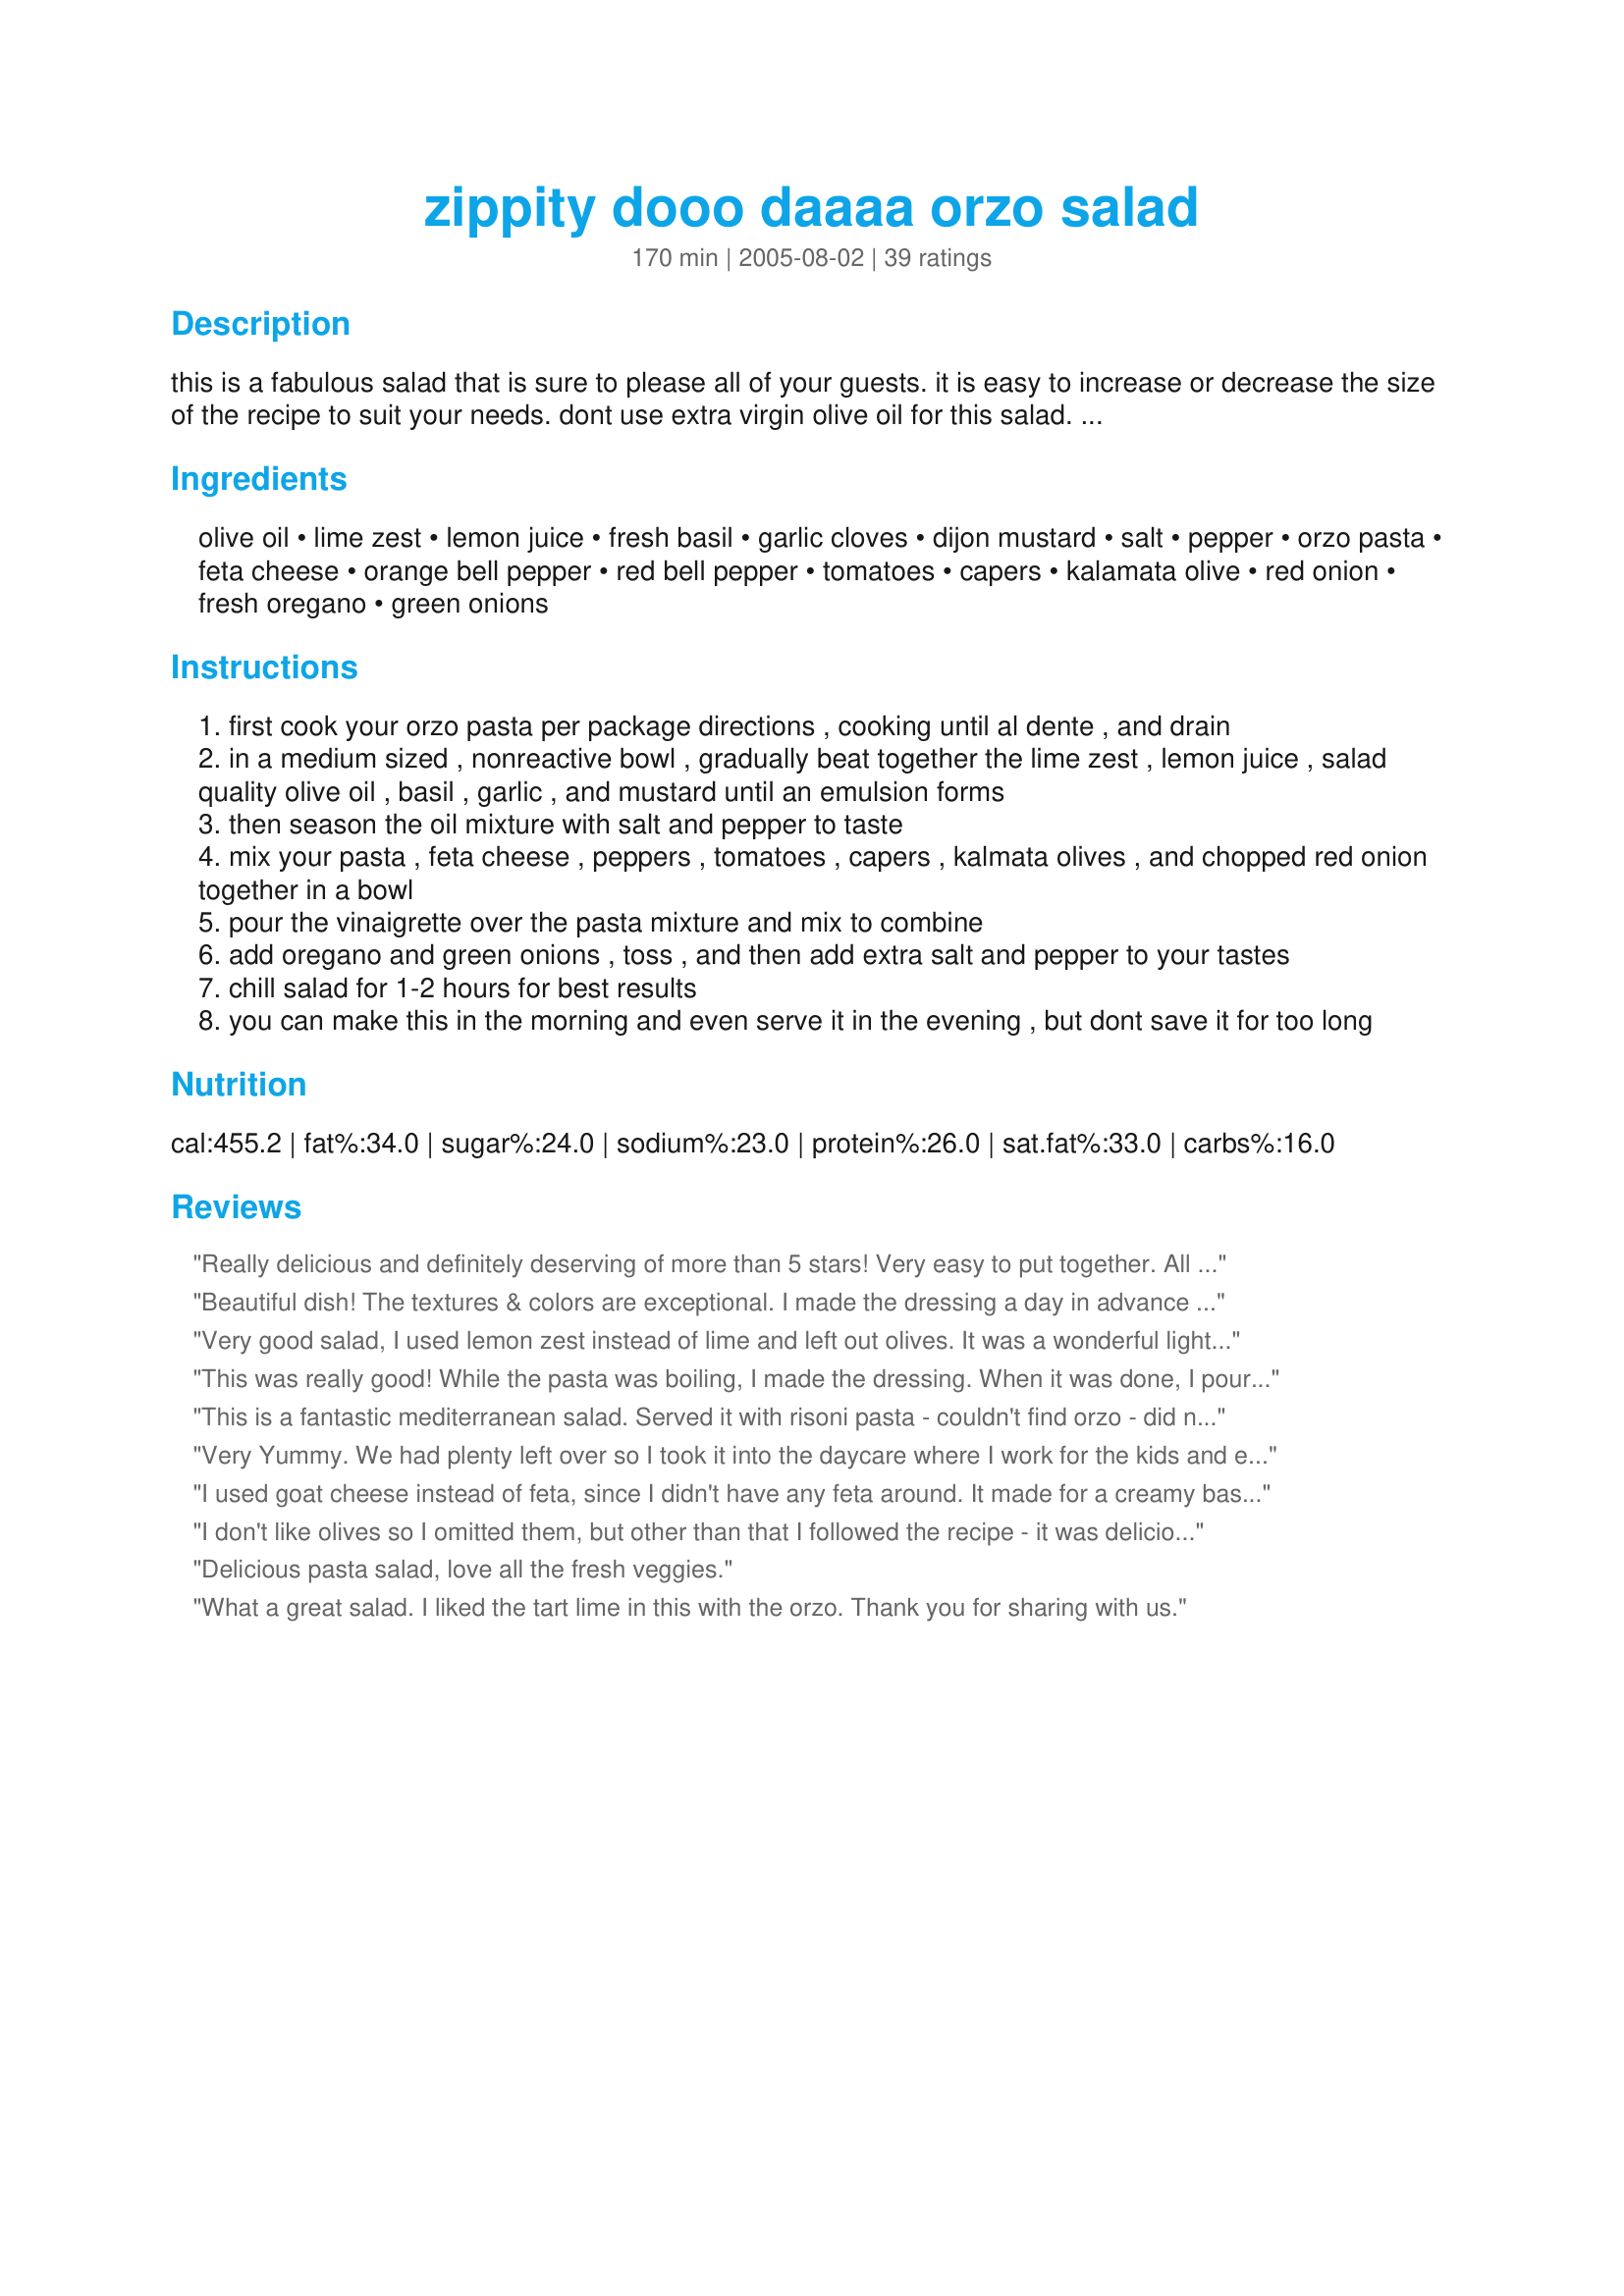
zippity dooo daaaa orzo salad
Preparation time: 170 minutes

this is a fabulous salad that is sure to please all of your guests. it is easy to increase or decrease the size of the recipe to suit your needs.
dont use extra virgin olive oil for this salad. use an olive oil suitable for salads. i really hope you enjoy my creation!!!

Ingredients:
olive oil, lime zest, lemon juice, fresh basil, garlic cloves, dijon mustard, salt, pepper, orzo pasta, feta cheese, orange bell pepper, red bell pepper, tomatoes, capers, kalamata olive, red onion, fresh oregano, green onions

Steps:
first cook your orzo pasta per package directions , cooking until al dente , and drain
in a medium sized , nonreactive bowl , gradually beat together the lime zest , lemon juice , salad quality olive oil , basil , garlic , and mustard until an emulsion forms
then season the oil mixture with salt and pepper to taste
mix your pasta , feta cheese , peppers , tomatoes , capers , kalmata olives , and chopped red onion together in a bowl
pour the vinaigrette over the pasta mixture and mix to combine
add oregano and green onions , toss , and then add extra salt and pepper to your tastes
chill salad for 1-2 hours for best results
you can make this in the morning and even serve it in the evening , but dont save it for too long

Reviews:
Really delicious and definitely deserving of more than 5 stars! Very easy to put together. All the great Med flavours melded together to create a harmonious salad full of bright, fresh flavours. We all loved this!
Beautiful dish! The textures & colors are exceptional. I made the dressing a day in advance & before adding to the salad, tasted for flavor. It was a little tart so I mellowed it out with a little sugar. I took this to a potluck with 100+ diners so I stretched it out some by adding a jar of drained, chopped marinated artichokes & drained rinsed garbanzos. Not a bite was left. My compliments to the chef!
Very good salad, I used lemon zest instead of lime and left out olives. It was a wonderful light salad.
This was really good! While the pasta was boiling, I made the dressing. When it was done, I poured the pasta right in so that it could absorb all the flavors and I could adjust the seasonings if necessary. While that was chilling, I prepared the veg so they were ready to be added when the orzo was cold. Very nice, light side dish.
This is a fantastic mediterranean salad. Served it with risoni pasta - couldn't find orzo - did not add capers or feta as we don't like these - it was gobbled up by children and adults.
Very Yummy. We had plenty left over so I took it into the daycare where I work for the kids and even they devoured it!!
I used goat cheese instead of feta, since I didn't have any feta around. It made for a creamy base. The mustard and capers make a tangy dish. My mom LOVED it
I don't like olives so I omitted them, but other than that I followed the recipe - it was delicious! I will definitely be making this again. Maybe I will add pieces of chicken next time to make a complete meal.
Delicious pasta salad, love all the fresh veggies.
What a great salad. I liked the tart lime in this with the orzo. Thank you for sharing with us.
I had just made what I thought was the most amazing orzo salad from one of my Cooking Light cookbooks the week before I tried this orzo salad. This one topped the other orzo salad, becoming my staple! I'm making it this weekend for a big BBQ and know it will be a HIT. It is SO delicious, thanks for sharing.
I made this for our "Kab-arbecue" (Kabob+BBQ) yesterday, and made one substitution: One of our guests has Celiac disease and requires a gluten-free diet. Of course, Orzo pasta isn't that. So I used Brown Rice Rotini Pasta from Trader Joe's, and it was WONDERFUL! Thanks for sharing the recipe!
This was wonderful. I kept a lot of the juiciness from the tomato partly because we had amazing tomatoes from the garden and partly because my drained pasta was thirsty for something and I did not want it to soak up all of the dressing. I used ditalini (small short tubes) rather than orzo because I don't have a good way to drain the tiny stuff. A perfect dinner for the heat wave, and since it's all done ahead of time, nothing to clean up after enjoying it!
This was fabulous! My whole family devoured this. The best receipe I've had for orzo with fresh vegetables and herbs. It takes some time to cut everything up, but it's well worth it! My Italian husband, 10-year-old, and 6-year-old ate the whole thing for dinner and begged me to make more! Thanks for sharing!
A great side dish. Everyone loved it. No leftovers. :)
This was really good, I made the morning of for a picnic and it kept well and tasted great. Thanks for posting!
Loved it..doubled the lemon and omitted the capers..will try to do some prep ahead next time due to all the chopping
This was great! Easy to make and very tastey. I didn't know what lime zest was, so I used 1/4 cup of lime juice instead of lemon juice, and I squeezed in 1 fresh lime. Great for large group parties.
Quick and easy followed recipe exactly! Took to a family pool party - everyone raved how much they enjoyed this.
Very good! I didn't have the right kind of olive oil OR fresh basil OR dijon mustard and it STILL came out great! I can't wait to try it as written. Thank you!!!
We had this on a thick bed of baby spinach. Really enjoyed the flavors in the salad. I had to leave the feta off as i have an allergy, but my roommates said the additonal feta gave it some Umph!! Good Luck! Great Recipe!
Easy to make. A good summer salad.
WOW! Incredible salad! I made this last week, and I agree with other posters, the flavor improves over time. I used only 1/4c. of olive oil and omitted the capers. Instead of Dijon mustard I used a JalapeÃ±o mustard and pressed the garlic.
This is such a versatile salad with many combos for many different tastes.
Thank you so much for posting. I'll be making this again....and again.
This was brought to my house by someone else for lunch. You could smell the garlic when it walked in the door. It was attractive and had a very nice flavor. Nice salad which could be used for a side dish or main course.
I enjoyed the fresh taste and bright color of this salad. I thought that the dressing needed a little something to perk it up and that the onion was maybe a little too much.
Our family loved this tasty, healthy salad. My only tip would be to watch the added salt. By the time you get the feta, capers, and olives, in the salad, you really don't want to oversalt this dish. Even better the 2nd day.
This was delicious! Light, refreshing full of great flavor and beautiful colors. the amount of dressing suited the amount of orzo and veggies perfectly. AND it was really quick and easy to put together. My girlfriend and I LOVED this and definately want to make this again!
This is fantastic as a side dish or a main dish! It seems like the kind of recipe that caterers use and then we try to imagine what is making it so delicious. This is a real keeper for me. Thanks for sharing it!
This was a lovely salad and a change from the usual macaroni salad. I did use the olive oil and regretted it as it left a kind of aftertaste and the salad would have been much nicer with a light vegetable oil. I also scaled back the dressing ingredients by about a third and found it was just right. Finally I used dried basil and oregano but in much smaller quantities and omitted the red onion entirely. It was better the next day and I would recommend making it the night before a party.
Made half a recipe as DH loves orzo. We loved this one and will have it many times again.<br/>Served with Mediterranean Chicken breasts.
This is a fabulous, mediterranean tasting salad and my new favorite pasta salad!!! I made exactly as the directed, but using canned petite diced tomatoes. So often grocery store tomatoes lack flavor. I could not resist having some right away, and imagine even how much better this will be after it sets a while. This is definitely a keeper in my cookbook! :D Believe it or not, my 10 year old son loves it too!
VERY good!
I made this recipe to take to a goodbye-retirement party at work. It was delicious and folks enjoyed it. I followed the directions exactly and it did take a while to get everything cut up. This makes a TON of salad, way more than 8 servings (as a side). It was better the day it was made than the next day... the feta seemed to get stronger in flavor to me. I did enjoy the dressing and will use that with other combinations of pasta and veggies this summer.
This salad is just great; I've been looking for a good Orzo Salad; I should have known to come to this place. Thank you for sharing; its a keeper.
This was really good! We doubled the lemon and capers, quartered the oil and just used a tiny bit of the Dijon for our tastes. This is sure to please.
Being unable to find another box of orzo, I subbed a tiny pasta in order to prepare this salad. The colors in this salad are visually pleasing…the reds from the fresh tomatoes, the purple from the red onion and kalamatas, and the greens from the bell pepper and green onion all make a striking salad. This recipe contains very strong flavors and I found the dressing a bit tart. I ended up adding 1 T of sugar to the dressing. We did enjoy this salad and I would prepare it again. Thank you for a RSC recipe we enjoyed!
I thought it was o.k., but everybody else loved it and wanted the recipe. I followed the recipe closely
I thought this was a pretty good recipe. The presentation was fantastic with all the different colors. A little heavy on the Feta for our taste. I didn't alter the recipe except to use a yellow pepper instead of the orange, but I don't think it made any alteration in the original. I didn't have an orange one. Creative.
Delicious and simple! I brought this to a potluck BBQ and everyone loved it! I made it close to the recipe, cutting the salt in half, (but did add salt to the boiling orzo for flavor), went scant on the oil reducing it by a tablespoon or so, and used only 6 oz. of feta. I also threw in some yellow pepper for even more color. Allow plenty of time for chopping. I used heirloom tomatoes, next time I&#039;ll use halved cherry tomatoes. Really, really tasty! I&#039;m actually writing this one on a paper recipe card, yep, THAT good!
